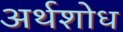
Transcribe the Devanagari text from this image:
अर्थशोध